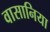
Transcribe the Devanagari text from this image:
वासानिया